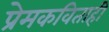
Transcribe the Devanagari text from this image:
प्रेमकविताही